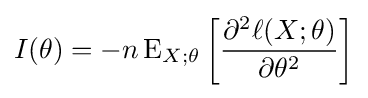
I(\theta )=-n\operatorname {E} _{X;\theta }\left[{\frac {\partial ^{2}\ell (X;\theta )}{\partial \theta ^{2}}}\right]